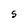
Character: S